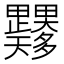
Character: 𭻼